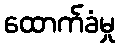
ထောက်ခံမှု